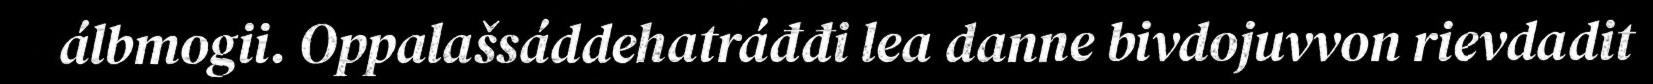
álbmogii. Oppalašsáddehatráđđi lea danne bivdojuvvon rievdadit